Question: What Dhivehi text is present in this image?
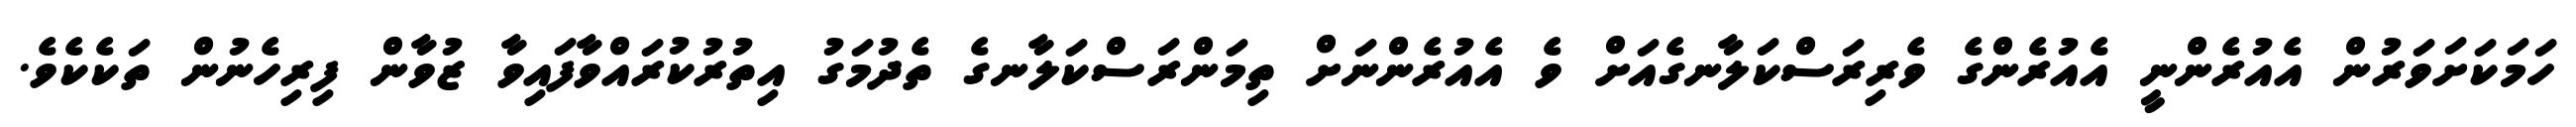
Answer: ހަމަކަށަވަރުން އެއުރެންނީ އެއުރެންގެ ވެރިރަސްކަލާނގެއަށް ވެ އެއުރެންނަށް ތިމަންރަސްކަލާނގެ ތެދުމަގު އިތުރުކުރައްވާފައިވާ ޒުވާން ފިރިހެނުން ތަކެކެވެ.